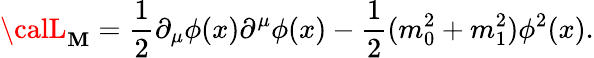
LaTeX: {\calL}_{\mathbf{M}}=\frac{{1}}{{2}}\partial_{\mu}\phi(x)\partial^{\mu}\phi(x)-\frac{{1}}{{2}}(m_{0}^{2}+m_{1}^{2})\phi^{2}(x).